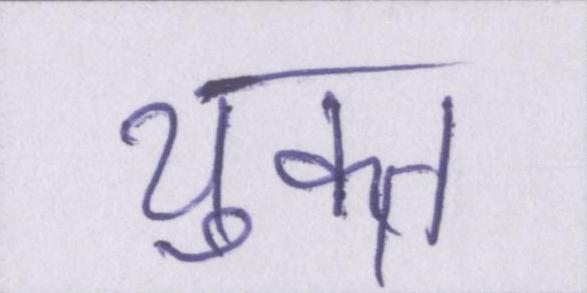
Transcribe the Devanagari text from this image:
युक्त